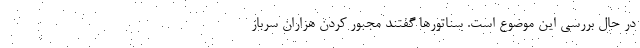
در حال بررسی این موضوع است. سناتورها گفتند مجبور کردن هزاران سرباز